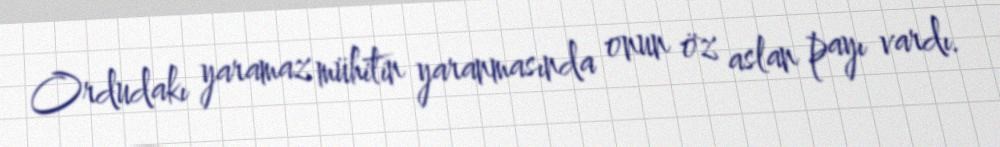
Ordudakı yaramaz mühitin yaranmasında onun öz aslan payı vardı.